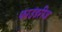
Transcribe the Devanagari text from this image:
फाउंडरीज